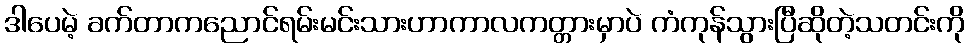
ဒါပေမဲ့ ခက်တာကညောင်ရမ်းမင်းသားဟာကာလကတ္တားမှာပဲ ကံကုန်သွားပြီဆိုတဲ့သတင်းကို